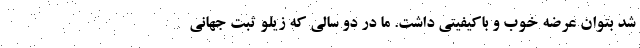
شد بتوان عرضه خوب و باکیفیتی داشت. ما در دو سالی که زیلو ثبت جهانی